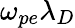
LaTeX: \omega_{pe}\lambda_{D}